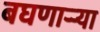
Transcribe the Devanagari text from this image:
बघणाऱ्र्‍या